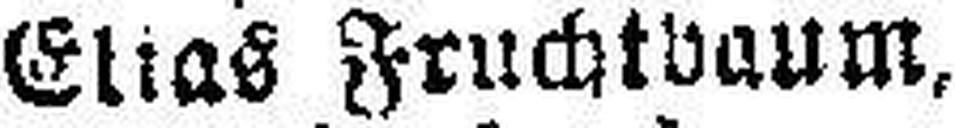
Elias Fruchtbaum,